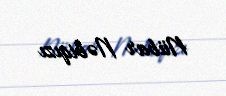
Nübar Nəbiqızı